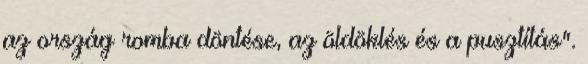
az ország romba döntése, az öldöklés és a pusztítás".